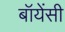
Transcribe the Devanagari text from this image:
बॉयेंसी